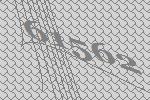
61562